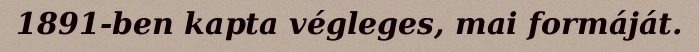
1891-ben kapta végleges, mai formáját.